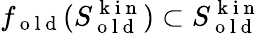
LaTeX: f_{\mathrm{~o~l~d~}}(S_{\mathrm{~o~l~d~}}^{\mathrm{~k~i~n~}})\subset S_{\mathrm{~o~l~d~}}^{\mathrm{~k~i~n~}}